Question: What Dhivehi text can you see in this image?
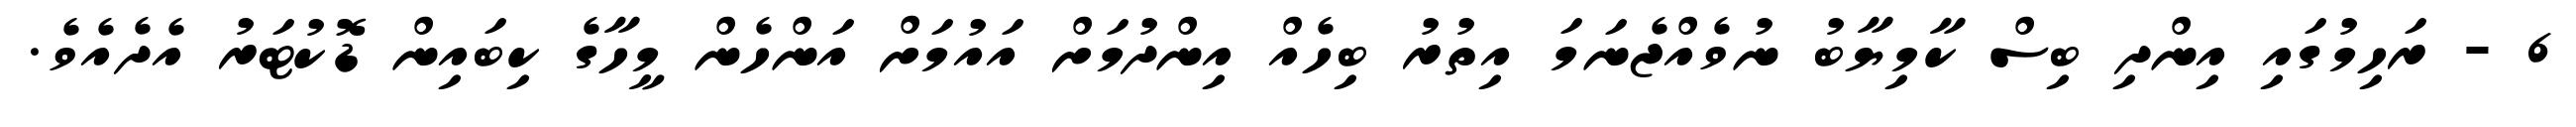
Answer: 6 - ރަހިމުގައި އިންދި ބިސް ކާމިޔާބު ނުވެއްޖެނަމަ އިތުރު ބިހެއް އިންދުމަށް އައުމަށް އަންހެން މީހާގެ ކިބައިން ޑޮކުޓަރު އެދެއެވެ.